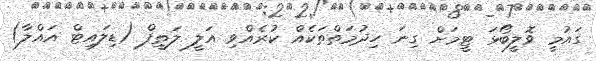
ގައުމީ ވޮލީބޯޅަ ޓީމަށް ގިނަ ހިދުމަތްތަކެއް ކުރެއްވި އަލީ ލަތީފް (ޑިލައިޓް އައްލާ)